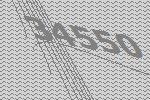
34550